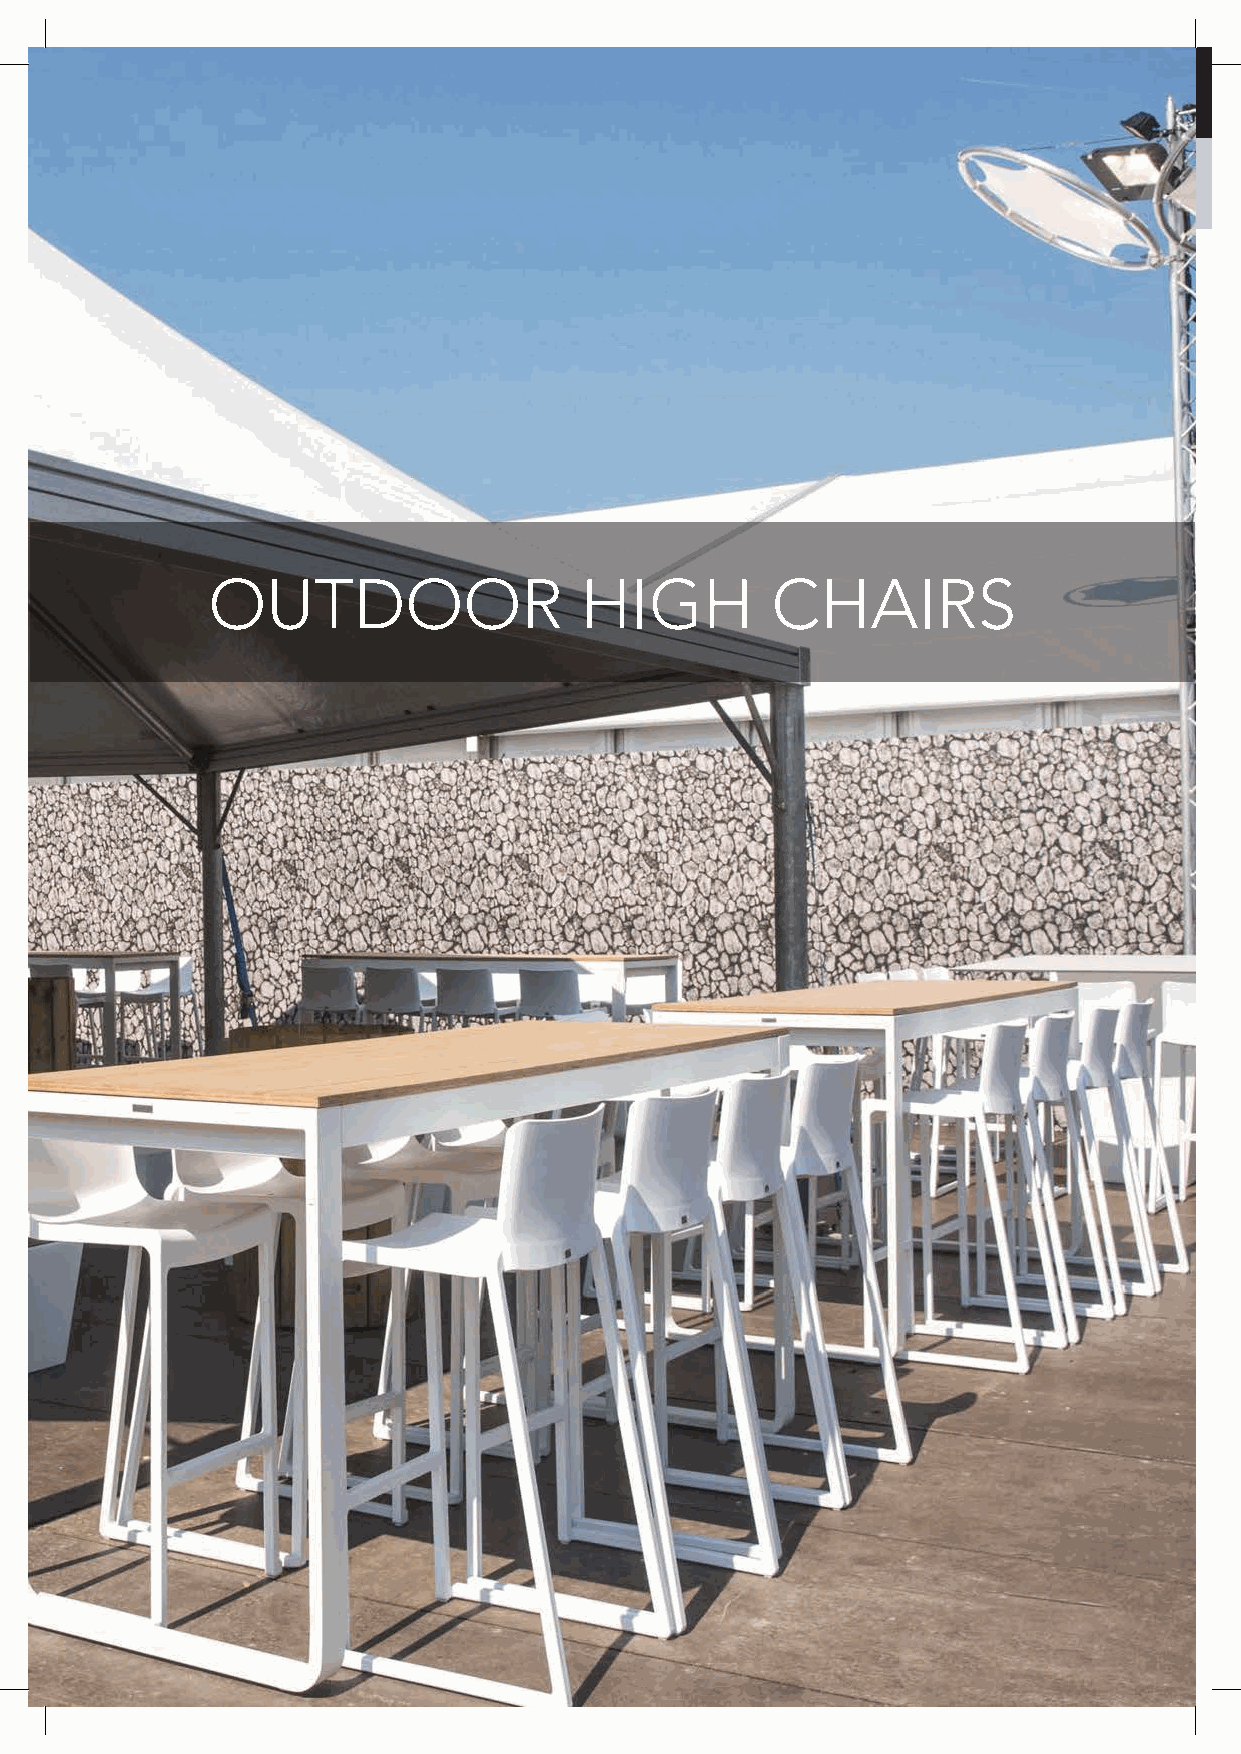
OUTDOOR      ARM   CHAIRS
 OUTDOOR                 HIGH         CHAIRS
 236 All items available in a range of colours, including customers own materials. Items also available in frame only.
 ERUTINRUF
 ROODTUO
 TNEMPIUQE
 &